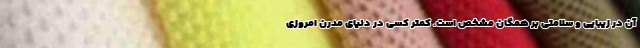
آن در زیبایی و سلامتی بر همگان مشخص است. کمتر کسی در دنیای مدرن امروزی